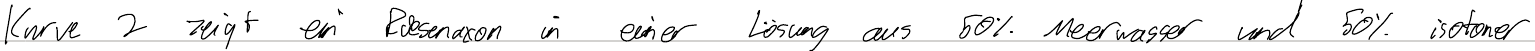
Kurve 2 zeigt ein Riesenaxon in einer Lösung aus 50% Meerwasser und 50% isotoner